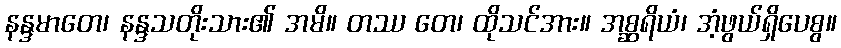
နန္ဒမာတေ၊ နန္ဒသတိုးသား၏ အမိ။ တဿ တေ၊ ထိုသင်အား။ အစ္ဆရိယံ၊ အံ့ဖွယ်ရှိပေစွ။